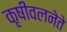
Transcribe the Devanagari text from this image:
कृषीवलनेते